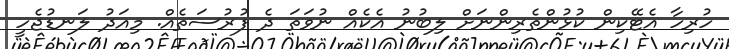
ހުރިހާ އެޓޭކިން ކުޅުންތެރިންނަށް ލިބުނު އެކެއް ނުވަތަ ދެ ފުރުސަތެއް. މިއަދު ލަނޑުޖެހީ